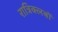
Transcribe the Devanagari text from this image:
रात्रिक्लबों